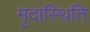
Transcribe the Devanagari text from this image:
मृदास्थिति